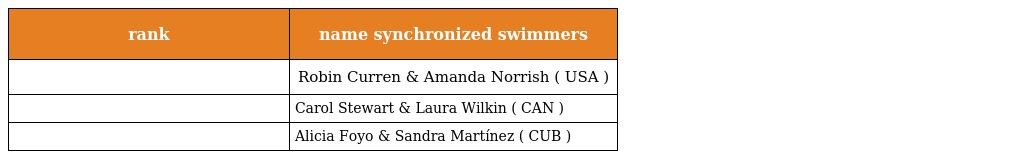
| rank | name synchronized swimmers |
 | --- | --- |
 |  | Robin Curren & Amanda Norrish ( USA ) |
 |  | Carol Stewart & Laura Wilkin ( CAN ) |
 |  | Alicia Foyo & Sandra Martínez ( CUB ) |